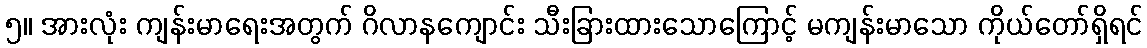
၅။ အားလုံး ကျန်းမာရေးအတွက် ဂိလာနကျောင်း သီးခြားထားသောကြောင့် မကျန်းမာသော ကိုယ်တော်ရှိရင်